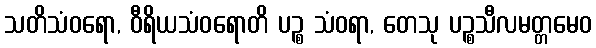
သတိသံဝရော, ဝီရိယသံဝရောတိ ပဉ္စ သံဝရာ, တေသု ပဉ္စသီလမတ္တမေဝ